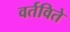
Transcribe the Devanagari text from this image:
वर्तविते